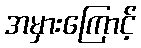
အမှားကြောင့်